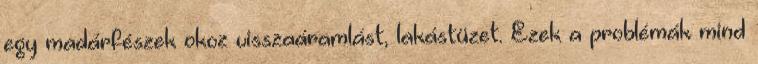
egy madárfészek okoz visszaáramlást, lakástüzet. Ezek a problémák mind